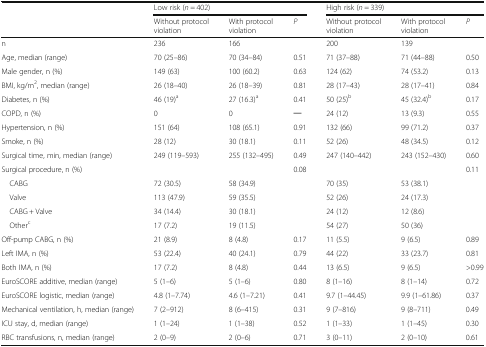
<table><thead><tr><td rowspan="2"></td><td colspan="3"><b>Low risk (<i>n</i> = 402)</b></td><td colspan="3"><b>High risk (<i>n</i> = 339)</b></td></tr><tr><td><b>Without protocol violation</b></td><td><b>With protocol violation</b></td><td><b><i>P</i></b></td><td><b>Without protocol violation</b></td><td><b>With protocol violation</b></td><td><b><i>P</i></b></td></tr></thead><tbody><tr><td>n</td><td>236</td><td>166</td><td></td><td>200</td><td>139</td><td></td></tr><tr><td>Age, median (range)</td><td>70 (25–86)</td><td>70 (34–84)</td><td>0.51</td><td>71 (37–88)</td><td>71 (44–88)</td><td>0.50</td></tr><tr><td>Male gender, n (%)</td><td>149 (63)</td><td>100 (60.2)</td><td>0.63</td><td>124 (62)</td><td>74 (53.2)</td><td>0.13</td></tr><tr><td>BMI, kg/m<sup>2</sup>, median (range)</td><td>26 (18–40)</td><td>26 (18–39)</td><td>0.81</td><td>28 (17–43)</td><td>28 (17–41)</td><td>0.84</td></tr><tr><td>Diabetes, n (%)</td><td>46 (19)<sup>a</sup></td><td>27 (16.3)<sup>a</sup></td><td>0.41</td><td>50 (25)<sup>b</sup></td><td>45 (32.4)<sup>b</sup></td><td>0.17</td></tr><tr><td>COPD, n (%)</td><td>0</td><td>0</td><td>─</td><td>24 (12)</td><td>13 (9.3)</td><td>0.55</td></tr><tr><td>Hypertension, n (%)</td><td>151 (64)</td><td>108 (65.1)</td><td>0.91</td><td>132 (66)</td><td>99 (71.2)</td><td>0.37</td></tr><tr><td>Smoke, n (%)</td><td>28 (12)</td><td>30 (18.1)</td><td>0.11</td><td>52 (26)</td><td>48 (34.5)</td><td>0.12</td></tr><tr><td>Surgical time, min, median (range)</td><td>249 (119–593)</td><td>255 (132–495)</td><td>0.49</td><td>247 (140–442)</td><td>243 (152–430)</td><td>0.60</td></tr><tr><td>Surgical procedure, n (%)</td><td></td><td></td><td>0.08</td><td></td><td></td><td>0.11</td></tr><tr><td> CABG</td><td>72 (30.5)</td><td>58 (34.9)</td><td rowspan="4"></td><td>70 (35)</td><td>53 (38.1)</td><td rowspan="4"></td></tr><tr><td> Valve</td><td>113 (47.9)</td><td>59 (35.5)</td><td>52 (26)</td><td>24 (17.3)</td></tr><tr><td> CABG + Valve</td><td>34 (14.4)</td><td>30 (18.1)</td><td>24 (12)</td><td>12 (8.6)</td></tr><tr><td> Other<sup>c</sup></td><td>17 (7.2)</td><td>19 (11.5)</td><td>54 (27)</td><td>50 (36)</td></tr><tr><td>Off-pump CABG, n (%)</td><td>21 (8.9)</td><td>8 (4.8)</td><td>0.17</td><td>11 (5.5)</td><td>9 (6.5)</td><td>0.89</td></tr><tr><td>Left IMA, n (%)</td><td>53 (22.4)</td><td>40 (24.1)</td><td>0.79</td><td>44 (22)</td><td>33 (23.7)</td><td>0.81</td></tr><tr><td>Both IMA, n (%)</td><td>17 (7.2)</td><td>8 (4.8)</td><td>0.44</td><td>13 (6.5)</td><td>9 (6.5)</td><td>&gt;0.99</td></tr><tr><td>EuroSCORE additive, median (range)</td><td>5 (1–6)</td><td>5 (1–6)</td><td>0.80</td><td>8 (1–16)</td><td>8 (1–14)</td><td>0.72</td></tr><tr><td>EuroSCORE logistic, median (range)</td><td>4.8 (1–7.74)</td><td>4.6 (1–7.21)</td><td>0.41</td><td>9.7 (1–44.45)</td><td>9.9 (1–61.86)</td><td>0.37</td></tr><tr><td>Mechanical ventilation, h, median (range)</td><td>7 (2–912)</td><td>8 (6–415)</td><td>0.31</td><td>9 (7–816)</td><td>9 (8–711)</td><td>0.49</td></tr><tr><td>ICU stay, d, median (range)</td><td>1 (1–24)</td><td>1 (1–38)</td><td>0.52</td><td>1 (1–33)</td><td>1 (1–45)</td><td>0.30</td></tr><tr><td>RBC transfusions, n, median (range)</td><td>2 (0–9)</td><td>2 (0–6)</td><td>0.71</td><td>3 (0–11)</td><td>2 (0–10)</td><td>0.61</td></tr></tbody></table>